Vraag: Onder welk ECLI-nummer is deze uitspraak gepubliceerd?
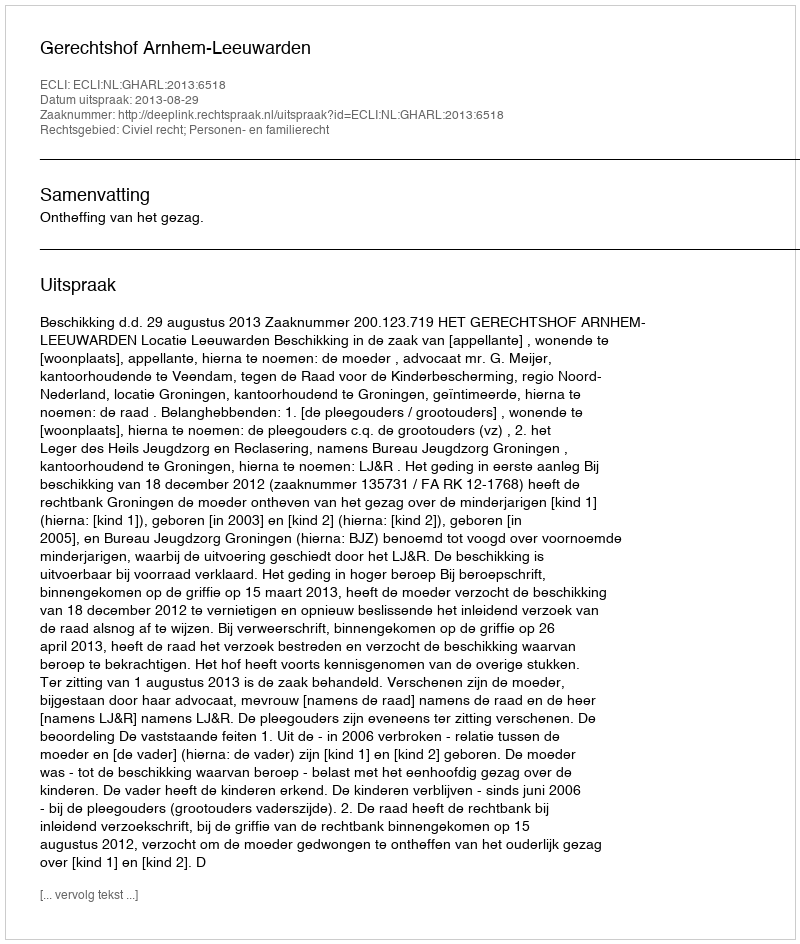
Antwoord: ECLI:NL:GHARL:2013:6518